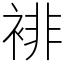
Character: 裶